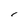
Character: l